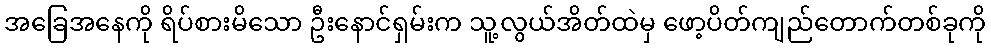
အခြေအနေကို ရိပ်စားမိသော ဦးနောင်ရှမ်းက သူ့လွယ်အိတ်ထဲမှ ဖော့ပိတ်ကျည်တောက်တစ်ခုကို